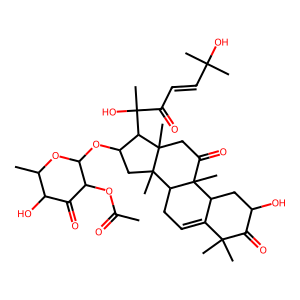
SMILES: CC(=O)OC1C(=O)C(O)C(C)OC1OC1CC2(C)C3CC=C4C(CC(O)C(=O)C4(C)C)C3(C)C(=O)CC2(C)C1C(C)(O)C(=O)C=CC(C)(C)O
Inhibits HIV replication: No